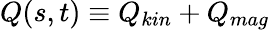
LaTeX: Q(s,t)\equiv Q_{kin}+Q_{mag}